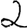
Digit: 2